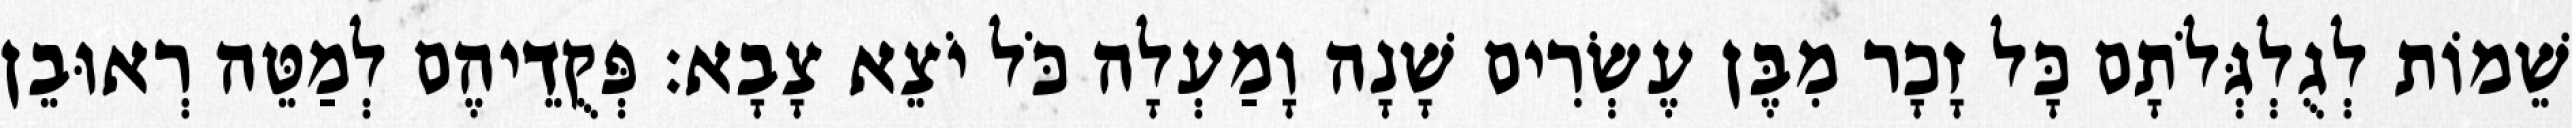
שֵׁמוֹת לְגֻלְגְּלֹתָם כָּל זָכָר מִבֶּן עֶשְׂרִים שָׁנָה וָמַעְלָה כֹּל יֹצֵא צָבָא׃ פְּקֻדֵיהֶם לְמַטֵּה רְאוּבֵן